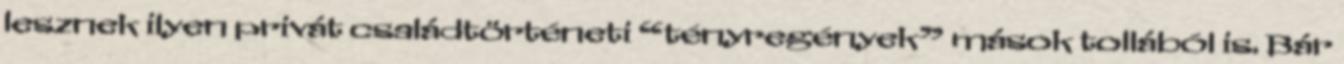
lesznek ilyen privát családtörténeti “tényregények” mások tollából is. Bár